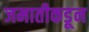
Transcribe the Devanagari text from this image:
जमातीकडून